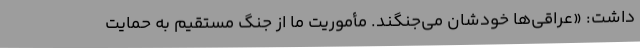
داشت: «عراقی‌ها خودشان می‌جنگند. مأموریت ما از جنگ مستقیم به حمایت